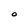
Character: O